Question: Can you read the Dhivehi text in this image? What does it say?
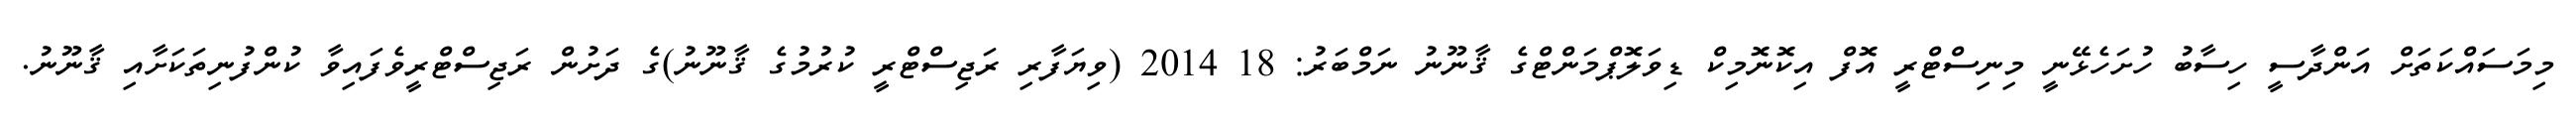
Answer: މިމަސައްކަތަށް އަންދާސީ ހިސާބު ހުށަހެޅޭނީ މިނިސްޓްރީ އޮފް އިކޮނޮމިކް ޑިވަލޮޕްމަންޓްގެ ޤާނޫނު ނަމްބަރު: 18 2014 (ވިޔަފާރި ރަޖިސްޓްރީ ކުރުމުގެ ޤާނޫނު)ގެ ދަށުން ރަޖިސްޓްރީވެފައިވާ ކުންފުނިތަކަށާއި ޤާނޫނު.